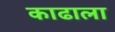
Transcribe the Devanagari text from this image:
काढाला